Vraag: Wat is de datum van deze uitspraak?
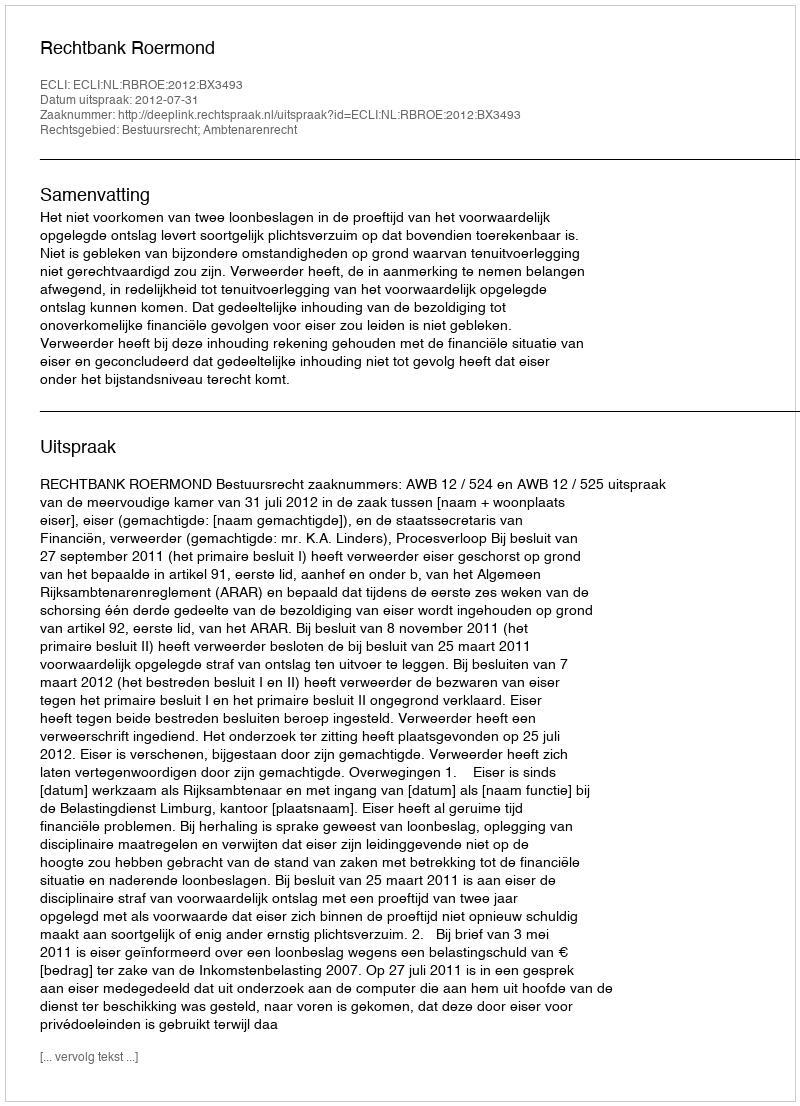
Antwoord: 2012-07-31